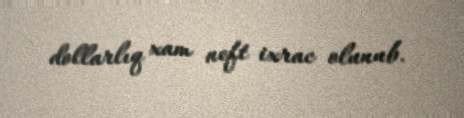
dollarlıq xam neft ixrac olunub.